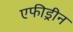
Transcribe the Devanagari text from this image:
एफीड्रीन